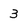
Character: 3